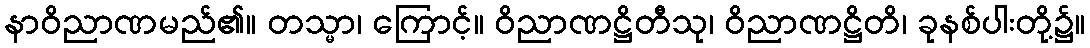
နာဝိညာဏမည်၏။ တသ္မာ၊ ကြောင့်။ ဝိညာဏဋ္ဌိတီသု၊ ဝိညာဏဋ္ဌိတိ၊ ခုနစ်ပါးတို့၌။